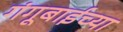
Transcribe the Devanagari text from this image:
गंगूबाईच्या